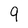
Character: 9